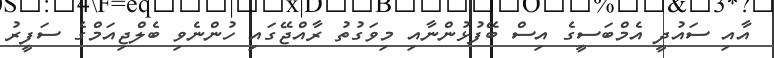
އާއި ސައުދީ އެމްބަސީގެ އިސް ބޭފުޅުންނާއި މިވަގުތު ރާއްޖޭގައި ހުންނެވި ބެލްޖިއަމްގެ ސަފީރު